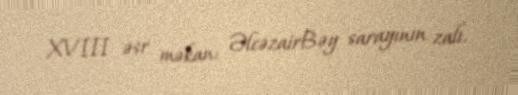
XVIII əsr məkan: ƏlcəzairBəy sarayının zalı.